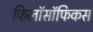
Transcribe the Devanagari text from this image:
फिलॉसॉफिकस